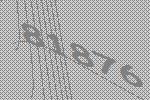
81876